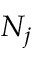
N _ { j }